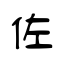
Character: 佐